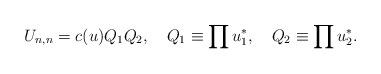
LaTeX: \begin{align*}U_{n,n}=c(u)Q_1Q_2,\quad Q_1\equiv\prod u^*_1,\quad Q_2\equiv\prod u^*_2.\end{align*}